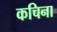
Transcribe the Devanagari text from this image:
कचिना